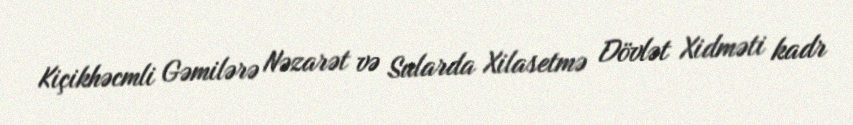
Kiçikhəcmli Gəmilərə Nəzarət və Sularda Xilasetmə Dövlət Xidməti kadr